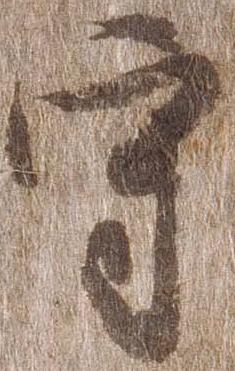
守